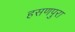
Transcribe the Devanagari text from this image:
हसणपुरा